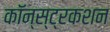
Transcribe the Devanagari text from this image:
कॉन्स्ट्रकशन